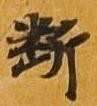
断